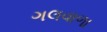
ગલવાળા